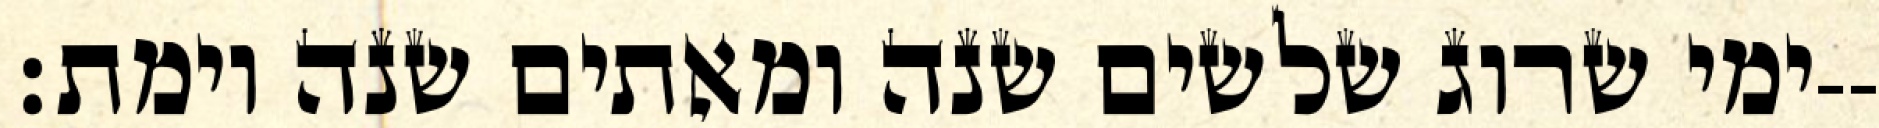
ימי שרוג שלשים שנה ומאתים שנה וימת׃--